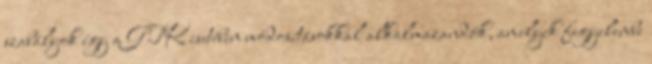
szabályok így a GTK esetében módosításokkal alkalmazandók, amelyek figyelembe